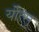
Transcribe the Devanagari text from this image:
र्योत्सू